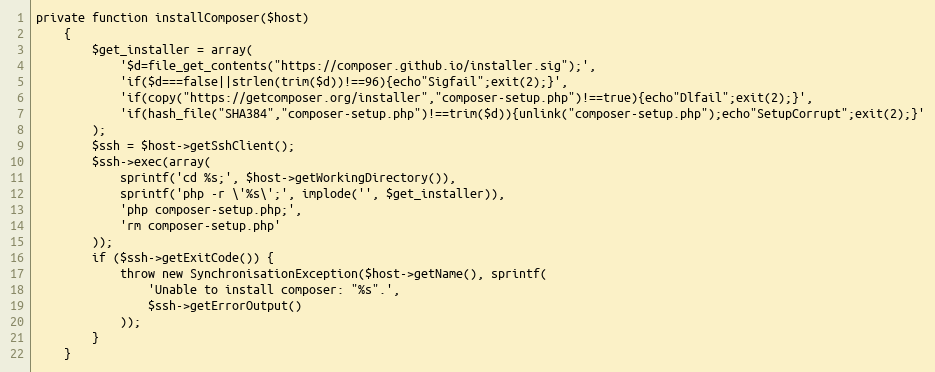
Language: PHP
private function installComposer($host)
    {
        $get_installer = array(
            '$d=file_get_contents("https://composer.github.io/installer.sig");',
            'if($d===false||strlen(trim($d))!==96){echo"Sigfail";exit(2);}',
            'if(copy("https://getcomposer.org/installer","composer-setup.php")!==true){echo"Dlfail";exit(2);}',
            'if(hash_file("SHA384","composer-setup.php")!==trim($d)){unlink("composer-setup.php");echo"SetupCorrupt";exit(2);}'
        );
        $ssh = $host->getSshClient();
        $ssh->exec(array(
            sprintf('cd %s;', $host->getWorkingDirectory()),
            sprintf('php -r \'%s\';', implode('', $get_installer)),
            'php composer-setup.php;',
            'rm composer-setup.php'
        ));
        if ($ssh->getExitCode()) {
            throw new SynchronisationException($host->getName(), sprintf(
                'Unable to install composer: "%s".',
                $ssh->getErrorOutput()
            ));
        }
    }